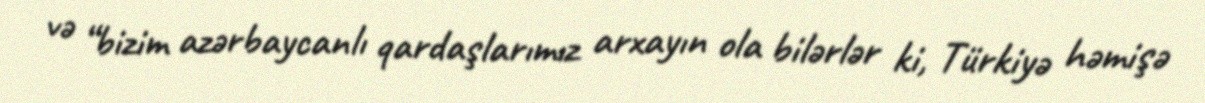
və “bizim azərbaycanlı qardaşlarımız arxayın ola bilərlər ki, Türkiyə həmişə